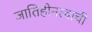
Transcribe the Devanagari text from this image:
जातिहीनत्वाची